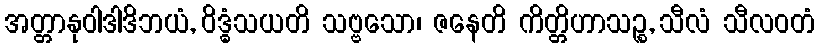
အတ္တာနုဝါဒါဒိဘယံ, ဝိဒ္ဓံသယတိ သဗ္ဗသော၊ ဇနေတိ ကိတ္တိဟာသဉ္စ, သီလံ သီလဝတံ